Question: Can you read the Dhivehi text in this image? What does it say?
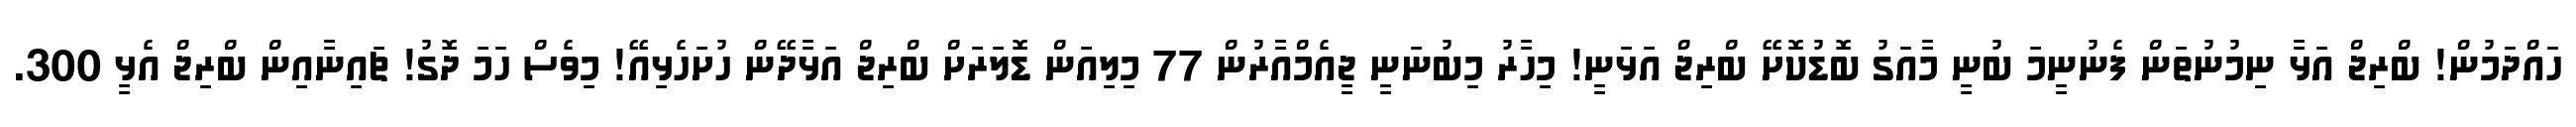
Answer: ހައްދަމުން! ބްރިޖް އަޅާ ނިމުނުތަން ފެނުނީމަ ބުނީ މާއަގު ބޮޑުކޮށޭ ބްރިޖް އަޅަނީ! މިހާރު މިބުނަނީ ޖީއެމްއާރުން 77 މިލިއަން ޑޮލަރަށް ބްރިޖް އަޅާދޭން ހުށަހެޅިއޭ! މިވެސް ހަމަ ދޮގު! ޗައިނާއިން ބްރިޖް އެޅީ 300.